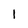
Character: 1